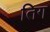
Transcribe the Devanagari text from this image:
तिग